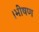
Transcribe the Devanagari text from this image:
।भीषण